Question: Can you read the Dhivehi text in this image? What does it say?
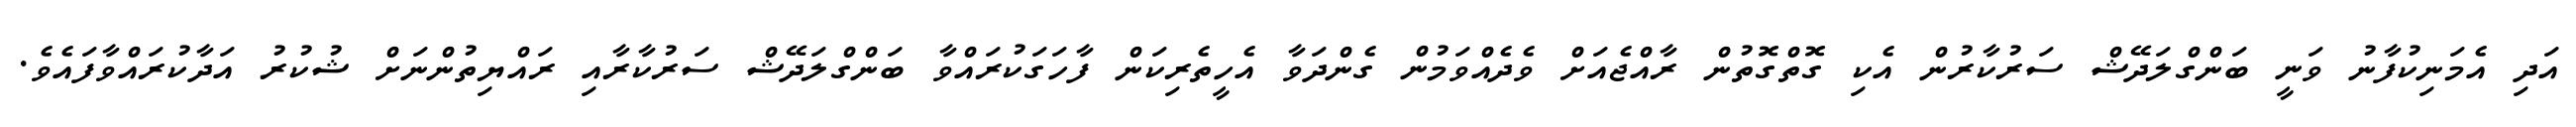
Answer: އަދި އެމަނިކުފާނު ވަނީ ބަންގްލަދޭޝް ސަރުކާރުން އެކި ގޮތްގޮތުން ރާއްޖެއަށް ވެދެއްވަމުން ގެންދަވާ އެހީތެރިކަން ފާހަގަކުރައްވާ ބަންގްލަދޭޝް ސަރުކާރާއި ރައްޔިތުންނަށް ޝުކުރު އަދާކުރައްވާފައެވެ.